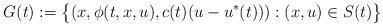
LaTeX: \begin{align*}G(t):=\big\{(x,\phi(t,x,u),c(t)(u-u^*(t))):(x,u)\in S(t)\big\}\end{align*}